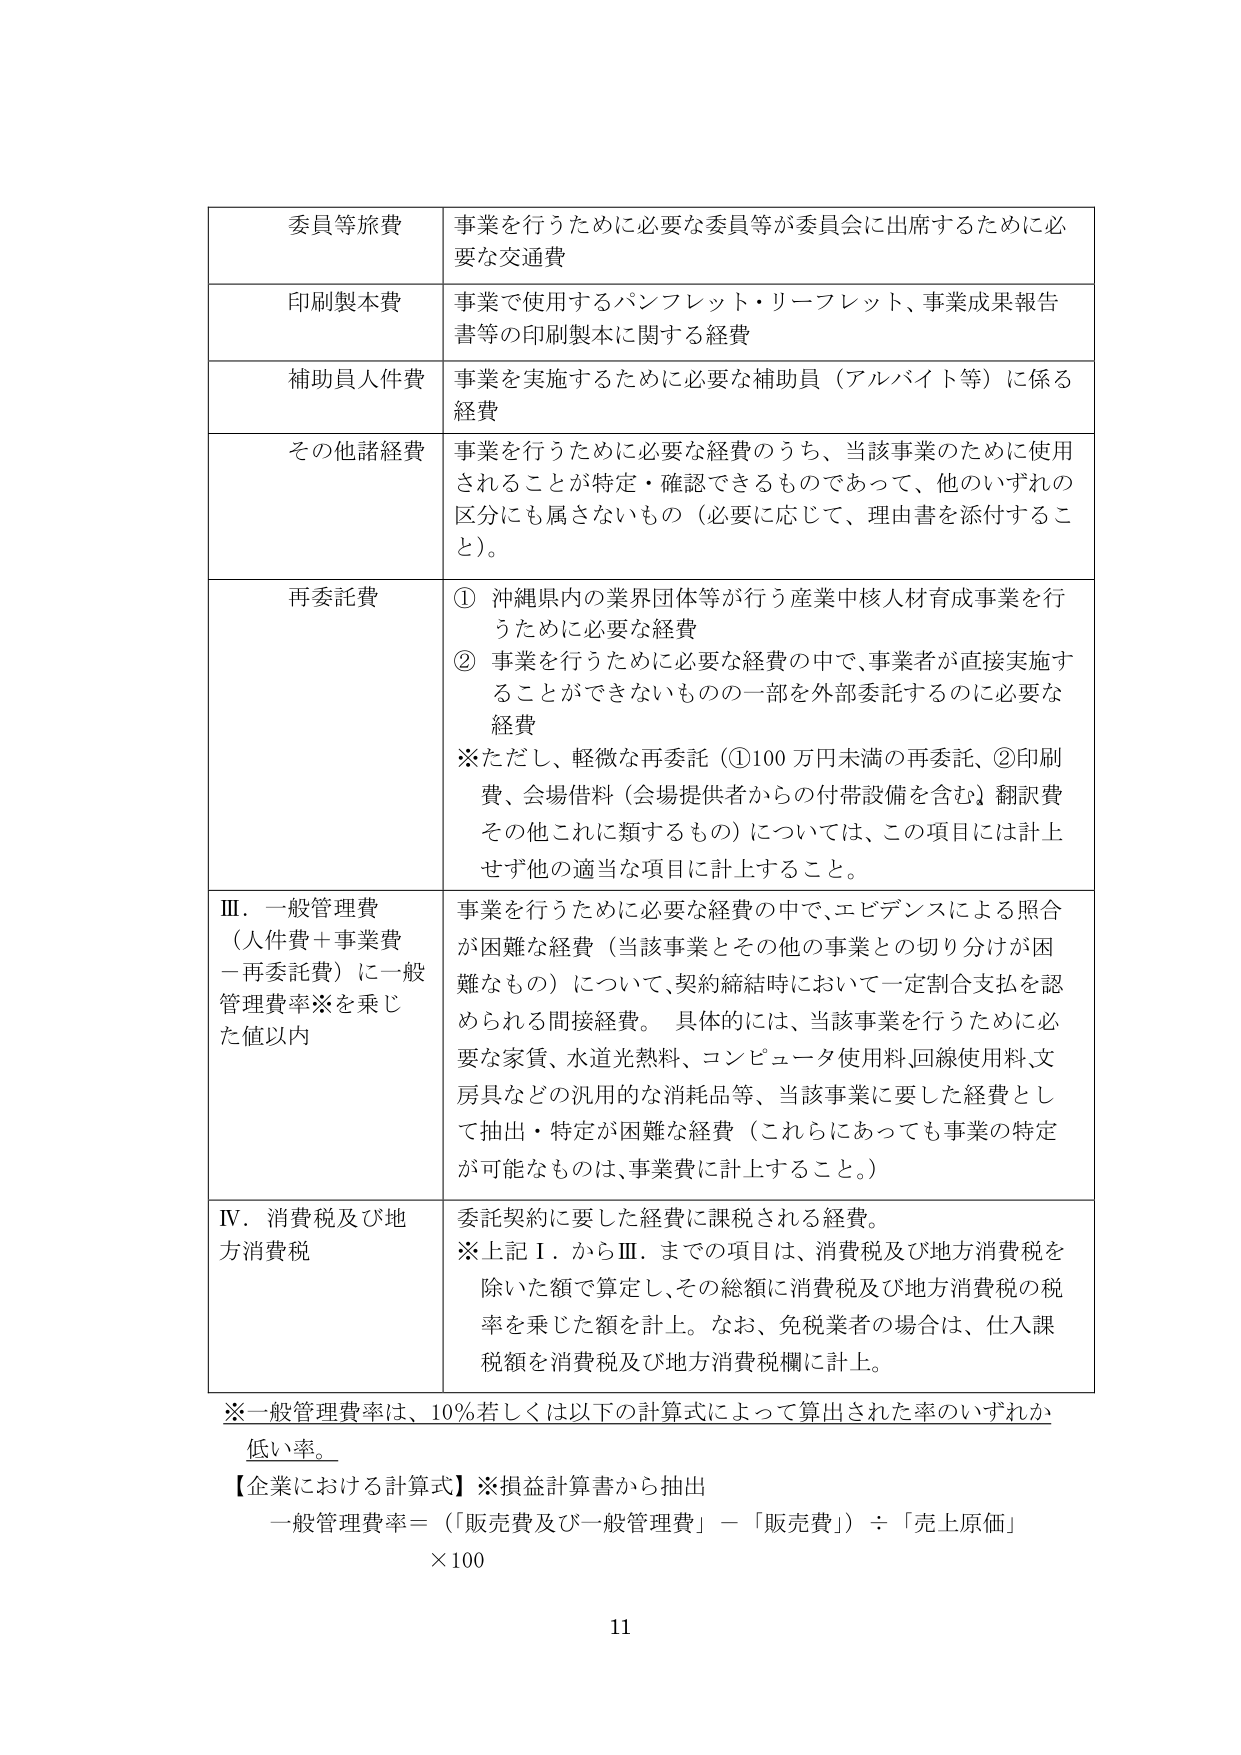
委員等旅費 事業を行うために必要な委員等が委員会に出席するために必要な交通費
印刷製本費 事業で使用するパンフレット・リーフレット、事業成果報告書等の印刷製本に関する経費
補助員人件費 事業を実施するために必要な補助員（アルバイト等）に係る経費
その他諸経費 事業を行うために必要な経費のうち、当該事業のために使用されることが特定・確認できるものであって、他のいずれの区分にも属さないもの（必要に応じて、理由書を添付すること）。
再委託費 ① 沖縄県内の業界団体等が行う産業中核人材育成事業を行うために必要な経費
② 事業を行うために必要な経費の中で、事業者が直接実施することができないものの一部を外部委託するのに必要な経費
※ただし、軽微な再委託（①100万円未満の再委託、②印刷費、会場借料（会場提供者からの付帯設備を含む）翻訳費その他これに類するもの）については、この項目には計上せず他の適当な項目に計上すること。
Ⅲ．一般管理費（人件費＋事業費－再委託費）に一般管理費率※を乗じた値以内 事業を行うために必要な経費の中で、エビデンスによる照合が困難な経費（当該事業とその他の事業との切り分けが困難なもの）について、契約締結時において一定割合支払を認められる間接経費。具体的には、当該事業を行うために必要な家賃、水道光熱料、コンピュータ使用料、回線使用料、文房具などの汎用的な消耗品等、当該事業に要した経費として抽出・特定が困難な経費（これらにあっても事業の特定が可能なものは、事業費に計上すること。）
Ⅳ．消費税及び地方消費税 委託契約に要した経費に課税される経費。
※上記Ⅰ．からⅢ．までの項目は、消費税及び地方消費税を除いた額で算定し、その総額に消費税及び地方消費税の税率を乗じた額を計上。なお、免税業者の場合は、仕入課税額を消費税及び地方消費税欄に計上。
※一般管理費率は、10%若しくは以下の計算式によって算出された率のいずれか低い率。
【企業における計算式】※損益計算書から抽出
一般管理費率＝（「販売費及び一般管理費」－「販売費」）÷「売上原価」×100
11